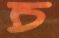
চ